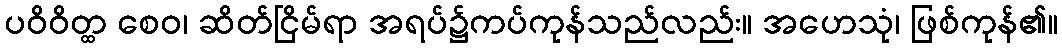
ပဝိဝိတ္ထ စေဝ၊ ဆိတ်ငြိမ်ရာ အရပ်၌ကပ်ကုန်သည်လည်း။ အဟေသုံ၊ ဖြစ်ကုန်၏။